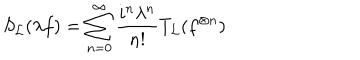
S _ { \cal L } ( \lambda f ) = \sum _ { n = 0 } ^ { \infty } \frac { i ^ { n } \lambda ^ { n } } { n ! } T _ { \cal L } ( f ^ { \otimes n } )